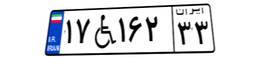
۳۰W۴۲۳۰۲